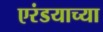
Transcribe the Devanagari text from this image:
एरंडयाच्या